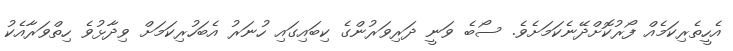
އެހީތެރިކަމެއް ފޯރުކޮށްދޭނެކަމަށެވެ. ސޯބެ ވަނީ ދަރިވަރުންގެ ކިބައިގައި ހުނަރު އެބަހުރިކަމަށް ވިދާޅުވެ ހިތްވަރާއެކު